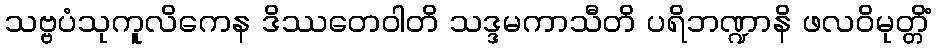
သဗ္ဗပံသုကူလိကေန ဒိဿတေဝါတိ သဒ္ဒမကာသီတိ ပရိဘဏ္ဍာနိ ဖလဝိမုတ္တိံ